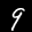
Label: 9